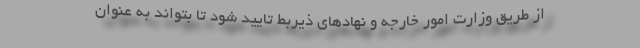
از طریق وزارت امور خارجه و نهادهای ذیربط تایید شود تا بتواند به عنوان